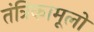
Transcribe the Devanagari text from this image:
तंत्रिकामूलों